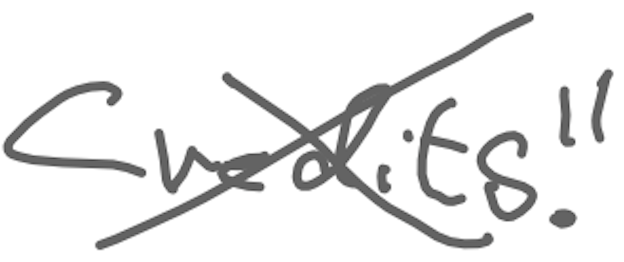
Text: Credits."
Cross-out: cross
Writing tool: digital_gray